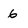
Character: 6